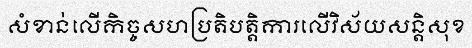
សំខាន់លើកិច្ចសហប្រតិបត្តិការលើវិស័យសន្តិសុខ